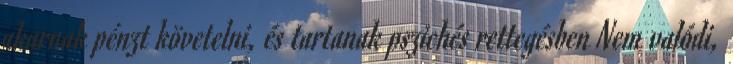
akarnak pénzt követelni, és tartanak pszichés rettegésben Nem valódi,